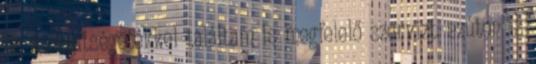
és a segítségetekkel találtam is megfelelő szervizt. ezúton is